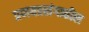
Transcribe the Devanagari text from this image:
प्रणयप्रसंगातील